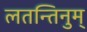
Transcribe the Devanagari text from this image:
लतन्तिनुम्